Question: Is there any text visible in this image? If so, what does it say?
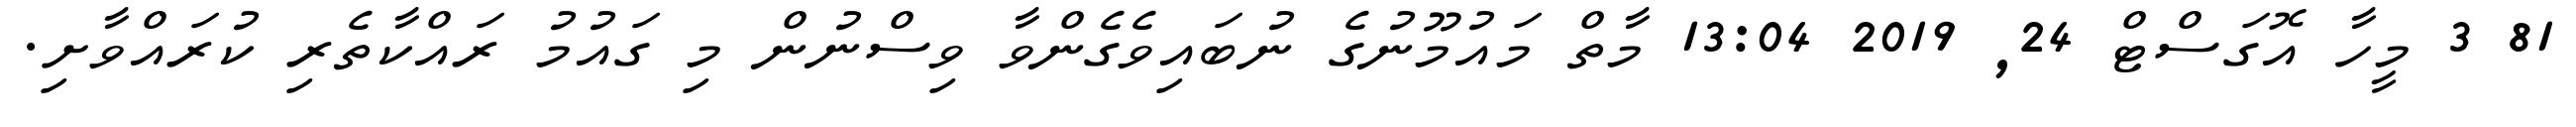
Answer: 81 3 މީހާ އޮގަސްޓް 24, 2019 13:04 މާތް މައުމޫނުގެ ނުބައިވެގެންވާ ވިސްނުން މި ގައުމު ރައްކާތެރި ކުރައްވާށި.